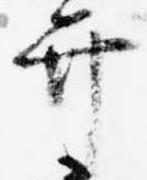
弁